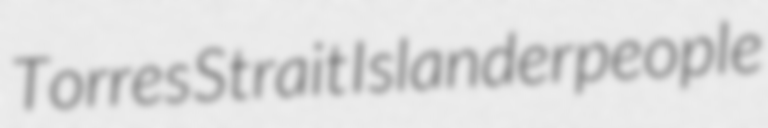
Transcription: Torres Strait Islander people